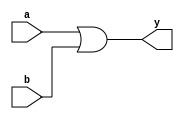
module or_gate(y, a, b);
  
    input a, b;
    output y;
    or(y, a, b);
  
endmodule